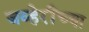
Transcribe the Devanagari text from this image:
जव्हेरींच्या